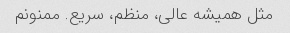
مثل همیشه عالی، منظم، سریع. ممنونم